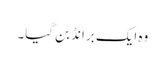
وہ ایک برانڈ بن گیا۔